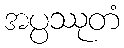
အပ္ပဿုတံ